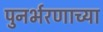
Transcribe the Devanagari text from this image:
पुनर्भरणाच्या